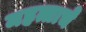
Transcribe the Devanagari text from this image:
महत्ताचे